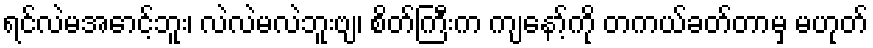
ရင်လဲမအောင့်ဘူး၊ လဲလဲမလဲဘူးဗျ၊ စိတ်ကြီးက ကျနော့်ကို တကယ်ခတ်တာမှ မဟုတ်